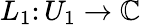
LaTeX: L_{1}\colon U_{1}\to\mathbb{C}